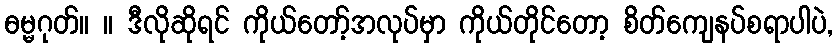
ဓမ္မဂုတ်။ ။ ဒီလိုဆိုရင် ကိုယ်တော့်အလုပ်မှာ ကိုယ်တိုင်တော့ စိတ်ကျေနပ်စရာပါပဲ,